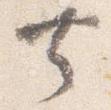
共